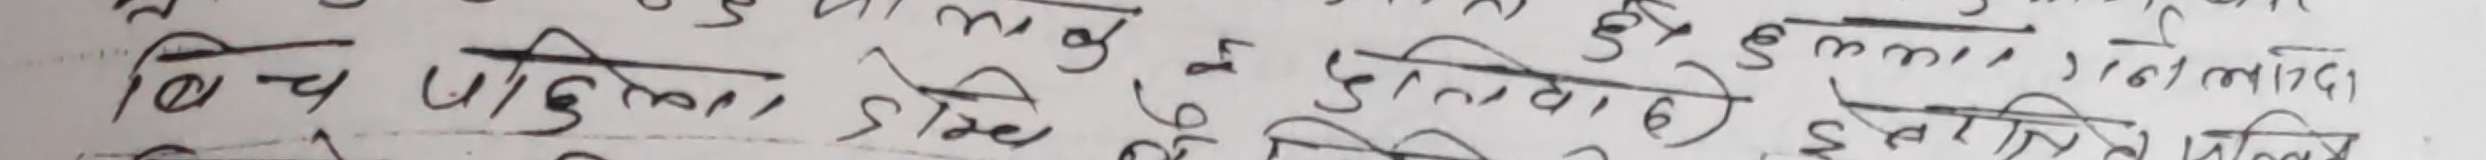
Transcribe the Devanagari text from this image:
बिच प्रक्रिया ठूलो दुई वाला (दोनो) में स्थिति विटले